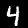
Digit: 4